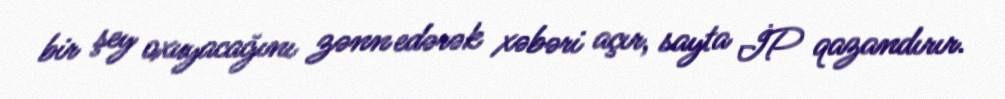
bir şey oxuyacağını zənn edərək xəbəri açır, sayta İP qazandırır.